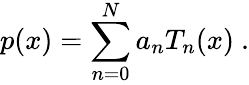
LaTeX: p(x)=\sum_{n=0}^{N}a_{n}T_{n}(x)~.